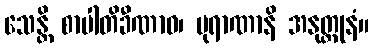
သေန္တိ စာပါတိခီဏာဝ၊ ပုရာဏာနိ အနုတ္ထုနံ။